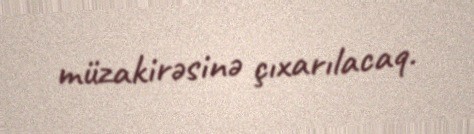
müzakirəsinə çıxarılacaq.